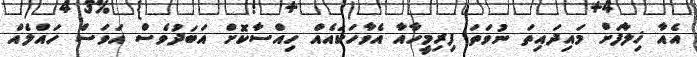
އެއާ ޚިލާފަށް މައިދައިތަ ނުވަތަ ފިރިމީހާއާ އެވާހަކައެއް ހިއްސާކޮށް އަބަދުވެސް އަވަސް ހައްލެއް